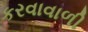
કરવાવાળી